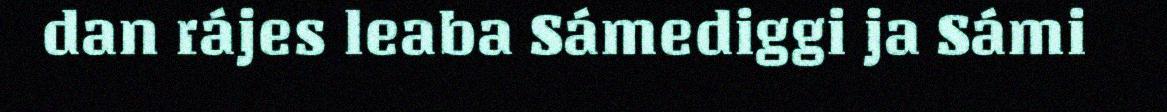
dan rájes leaba Sámediggi ja Sámi